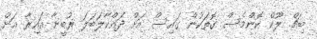
ބިޗް. ލޫކް ކޮންމެސް ގޮތަކުން ގައިސް އަށް ދައްކާލަބަލަ ރުބީނާ އައިރާ އަށް